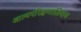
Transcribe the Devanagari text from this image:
आत्मपरिक्षणाशिवाय